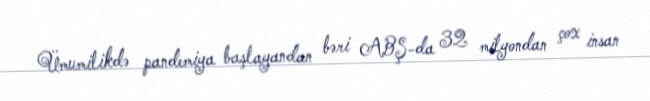
Ümumilikdə pandemiya başlayandan bəri ABŞ-da 32 milyondan çox insan